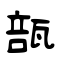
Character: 瓿